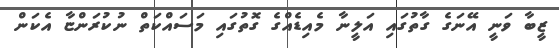
ޒީބާ ވަނީ އޭނަގެ ގާތުގައި އަލީނާ މެއިޑެއްގެ ގޮތުގައި މަސައްކަތް ނުކުރަންޏާ އެކަން